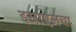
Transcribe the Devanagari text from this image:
इस्राएलचा